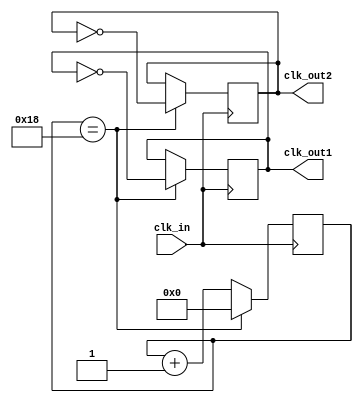
module clock_div(clk_in, clk_out1, clk_out2);
	input clk_in;
	output reg clk_out1;
	output reg clk_out2;//clk_out==1
	reg [4:0]cnt;
always @(posedge clk_in)
begin    
      cnt <= cnt + 1'b1 ;
    if(cnt == 5'd24)//11001
      begin
      clk_out1 <= ~clk_out1;
		clk_out2 <= ~clk_out2;
      cnt <= 5'd0;
    end
end  
endmodule